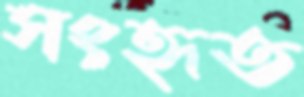
সংহৃত